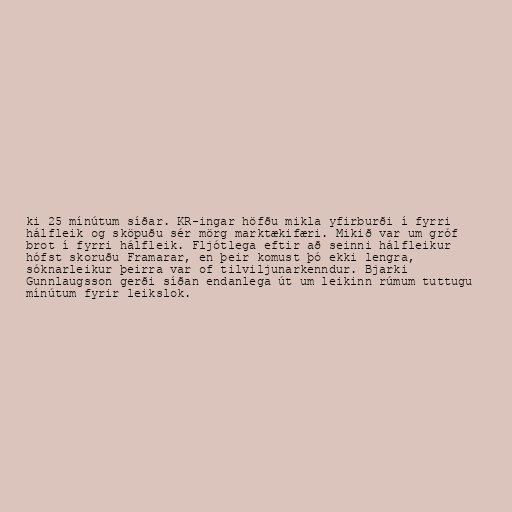
ki 25 mínútum síðar. KR-ingar höfðu mikla yfirburði í fyrri
hálfleik og sköpuðu sér mörg marktækifæri. Mikið var um gróf
brot í fyrri hálfleik. Fljótlega eftir að seinni hálfleikur
hófst skoruðu Framarar, en þeir komust þó ekki lengra,
sóknarleikur þeirra var of tilviljunarkenndur. Bjarki
Gunnlaugsson gerði síðan endanlega út um leikinn rúmum tuttugu
mínútum fyrir leikslok.